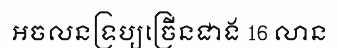
អចលនទ្រប្យច្រើនជាង 16 លាន